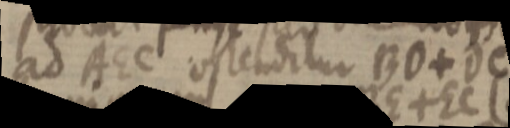
ad AEC ostenditur BD + DC